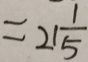
= 2 1 \frac { 1 } { 5 }